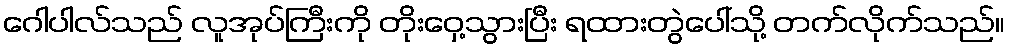
ဂေါပါလ်သည် လူအုပ်ကြီးကို တိုးဝှေ့သွားပြီး ရထားတွဲပေါ်သို့ တက်လိုက်သည်။